Leaving Certificate Examination (including Day School Certificate (Higher) General paper), 1935
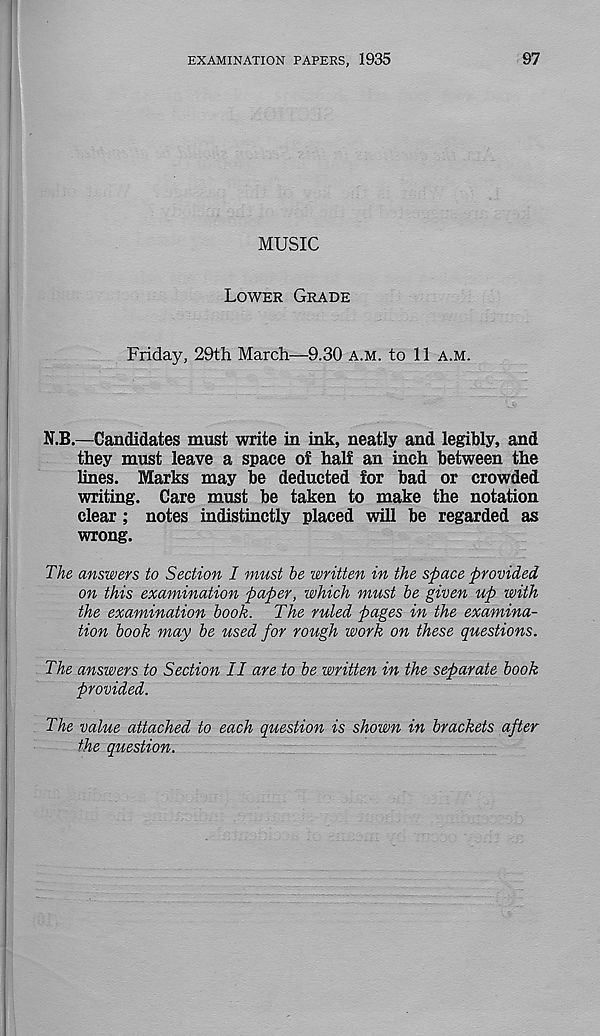
EXAMINATION PAPERS, 1935
97
MUSIC
Lower Grade
Friday, 29th March—9.30 a.m. to 11 A.M.
N.B.—Candidates must write in ink, neatly and legibly, and
they must leave a space of half an inch between the
lines. Marks may be deducted for bad or crowded
writing. Care must be taken to make the notation
clear; notes indistinctly placed will be regarded as
wrong.
The answers to Section I must be written in the space provided
on this examination paper, which must be given up with
the examination book. The ruled pages in the examina-
tion book may be used for rough work on these questions.
The answers to Section II are to be written in the separate book
provided.
The value attached to each question is shown in brackets after
the question.